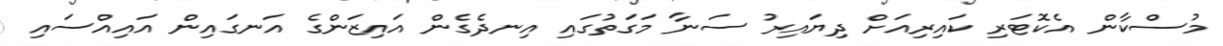
މުސްކާން އެކޮޓަރި ކައިރިއަށް ދިޔައިރު ސަނާ މަގަތުގައި އިނދެގެން އައިޒަންގެ އަނގައިން އައިއްސައި